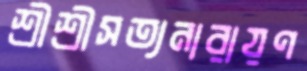
শ্রীশ্রীসত্যনারায়ণ